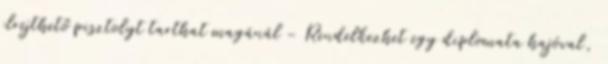
elrejthető pisztolyt tarthat magánál - Rendelkezhet egy diplomata hajóval,